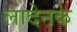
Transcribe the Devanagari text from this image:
लादेनके